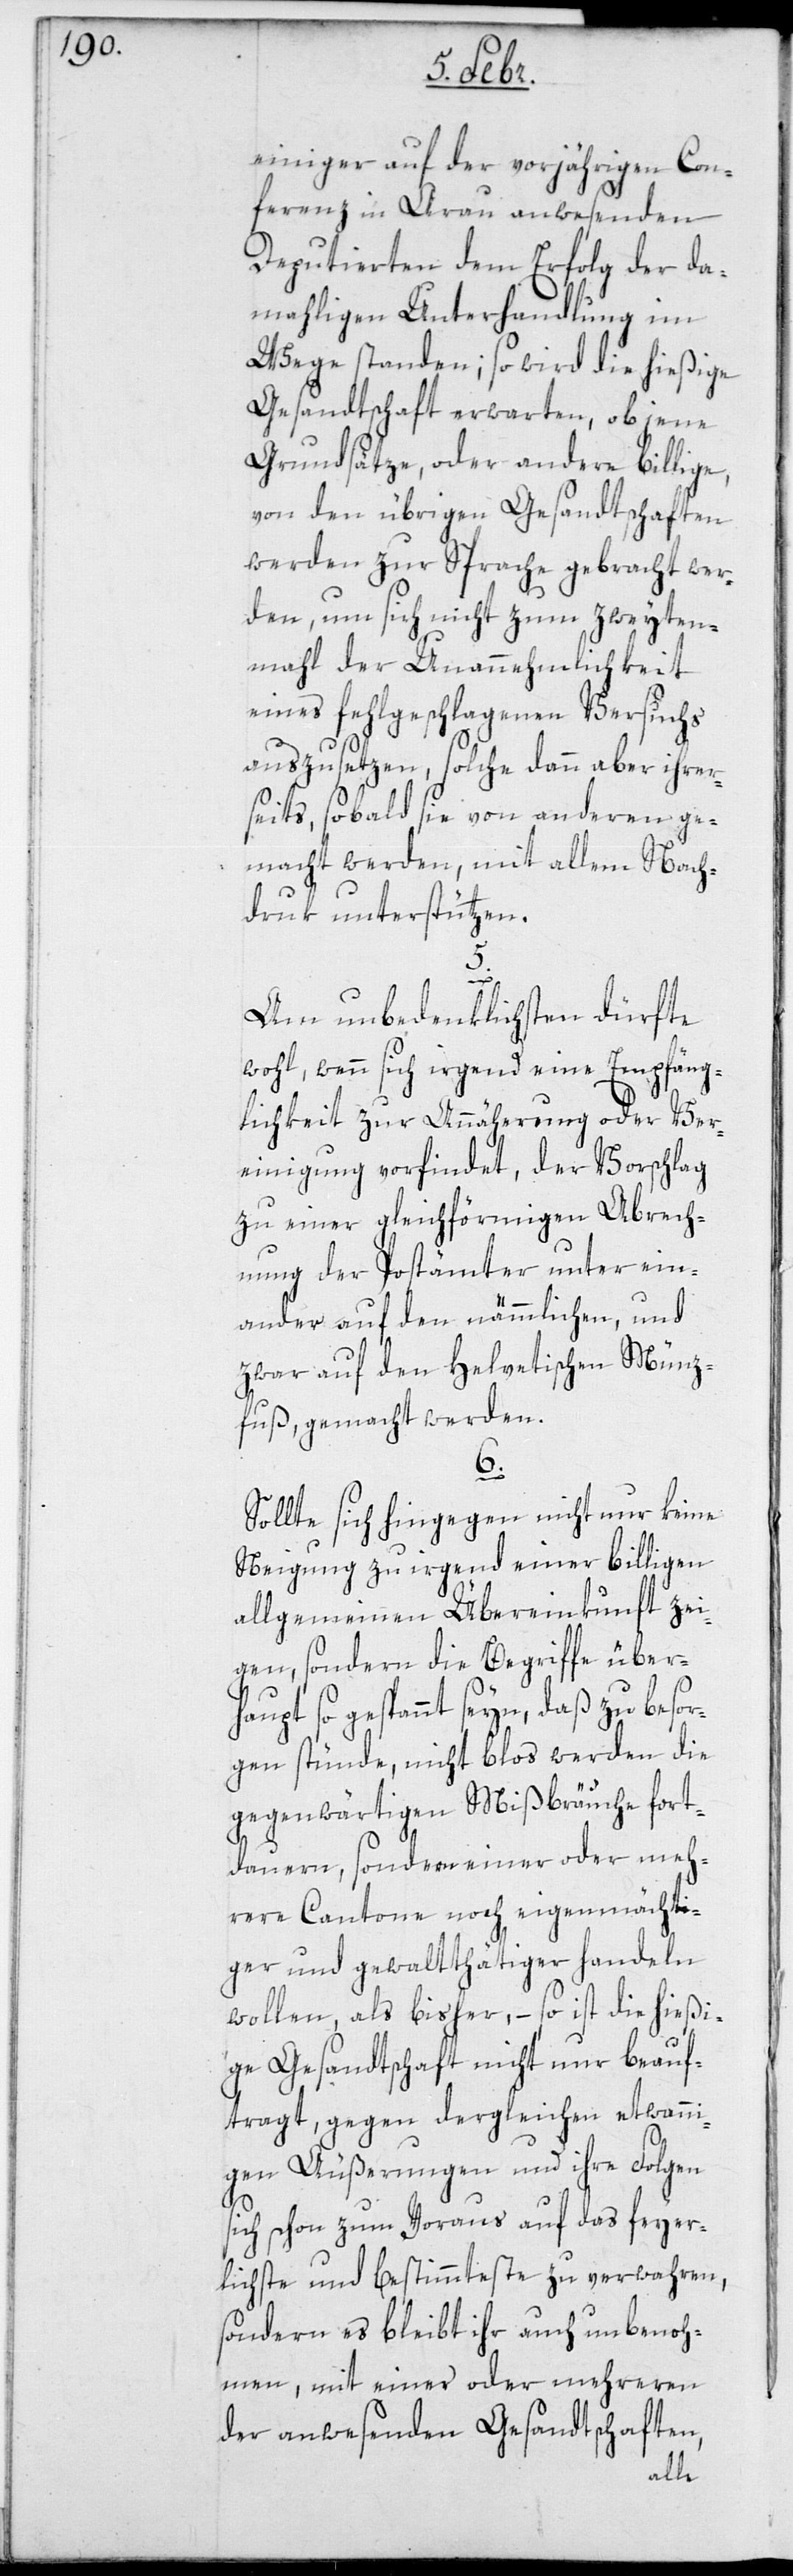
einiger auf der vorjährigen Con¬
ferenz in Aarau anwesenden
Deputierten dem Erfolg der da¬
mahligen Unterhandlung im
Wege standen; so wird die hießige
Gesandtschaft erwarten, ob jene
Grundsätze oder andere billige,
von den übrigen Gesandtschaften
werden zur Sprache gebracht wer¬
den, um sich nicht zum zweyten
Mal der Unannehmlichkeit
eines fehlgeschlagenen Versuchs
auszusetzen, solche dann aber ihrer¬
seits, sobald sie von anderen ge¬
macht werden, mit allem Nach¬
druk unterstützen.
5.
Am unbedenklichsten dürfte
wohl, wenn sich irgend eine Empfäng¬
lichkeit zur Annäherung oder Ver¬
einigung vorfindet, der Vorschlag
zu einer gleichförmigen Abrech¬
nung der Postämter unter ein¬
ander auf den nämmlichen, und
zwar auf den helvetischen Münz¬
fuß, gemacht werden.
6.
Sollte sich hingegen nicht nur keine
Neigung zu irgend einer billigen
allgemeinen Übereinkunft zei¬
gen, sondern die Begriffe überh¬
aupt so gespannt sein, daß zu besor¬
gen stünde, nicht blos werden die
gegenwärtigen Mißbräuche fort¬
dauern, sondern einer oder meh¬
rere Cantone noch eigenmächti¬
ger und gewaltthätiger handeln
wollen als bisher, – so ist die hießi¬
ge Gesandtschaft nicht nur beauf¬
tragt, gegen dergleichen etwanni¬
gen Äußerungen und ihre Folgen
sich schon im Voraus auf das feyer¬
lichste und bestimmteste zu verwahren,
sondern es bleibt ihr auch unbenoh¬
men, mit einer oder mehreren
der anwesenden Gesandtschaften,